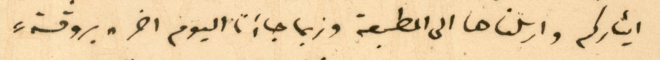
ايثاركم وارسلناها الى المطبعة وربما جاءَنا اليوم اخر "بروفة"